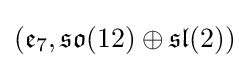
({\mathfrak {e}}_{7},{\mathfrak {so}}(12)\oplus {\mathfrak {sl}}(2))